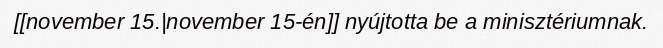
[[november 15.|november 15-én]] nyújtotta be a minisztériumnak.